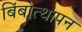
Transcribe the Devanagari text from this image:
बिंबोत्थापन